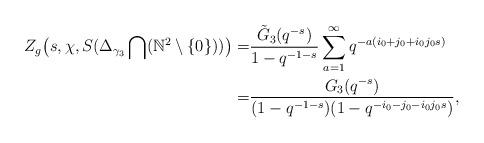
LaTeX: \begin{align*}Z_g\big(s, \chi, S(\Delta_{\gamma_3}\bigcap(\mathbb{N}^2\setminus \{0\}))\big)=&\dfrac{\tilde{G}_3(q^{-s})}{1-q^{-1-s}}\sum_{a=1}^{\infty}q^{-a(i_0+j_0+i_0j_0s)}\\=&\dfrac{G_3(q^{-s})}{(1-q^{-1-s})(1-q^{-i_0-j_0-i_0j_0s})},\end{align*}